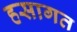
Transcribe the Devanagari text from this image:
हसागत